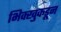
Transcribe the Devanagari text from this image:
भिक्खुकडून